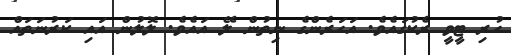
ހުރި ޓީވީ ރެކުގައެވެ. އަހަރެންގެ ނިތުން ލޭ އައެވެ. ލޮލުން އައި ކަރުނަތައް